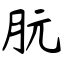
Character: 朊